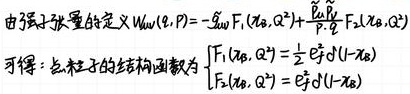
由于强子张量的定义 \(W_{\mu\nu}(q,P)=-\frac{g}{2\pi}F_1(x_B,Q^2)+\frac{p_{\mu}p_{\nu}}{P\cdot q}F_2(x_B,Q^2)\)，可得：点粒子的结构函数为
\[\begin{cases}
F_1(x_B,Q^2)=\frac{1}{2}E_q^2\delta(1 - x_B)\\
F_2(x_B,Q^2)=E_q^2\delta(1 - x_B)
\end{cases}\] 。